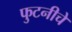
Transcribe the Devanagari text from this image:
फुटनीचे